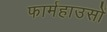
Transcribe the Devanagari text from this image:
फार्महाउसों